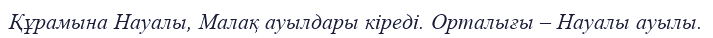
Құрамына Науалы, Малақ ауылдары кіреді. Орталығы – Науалы ауылы.